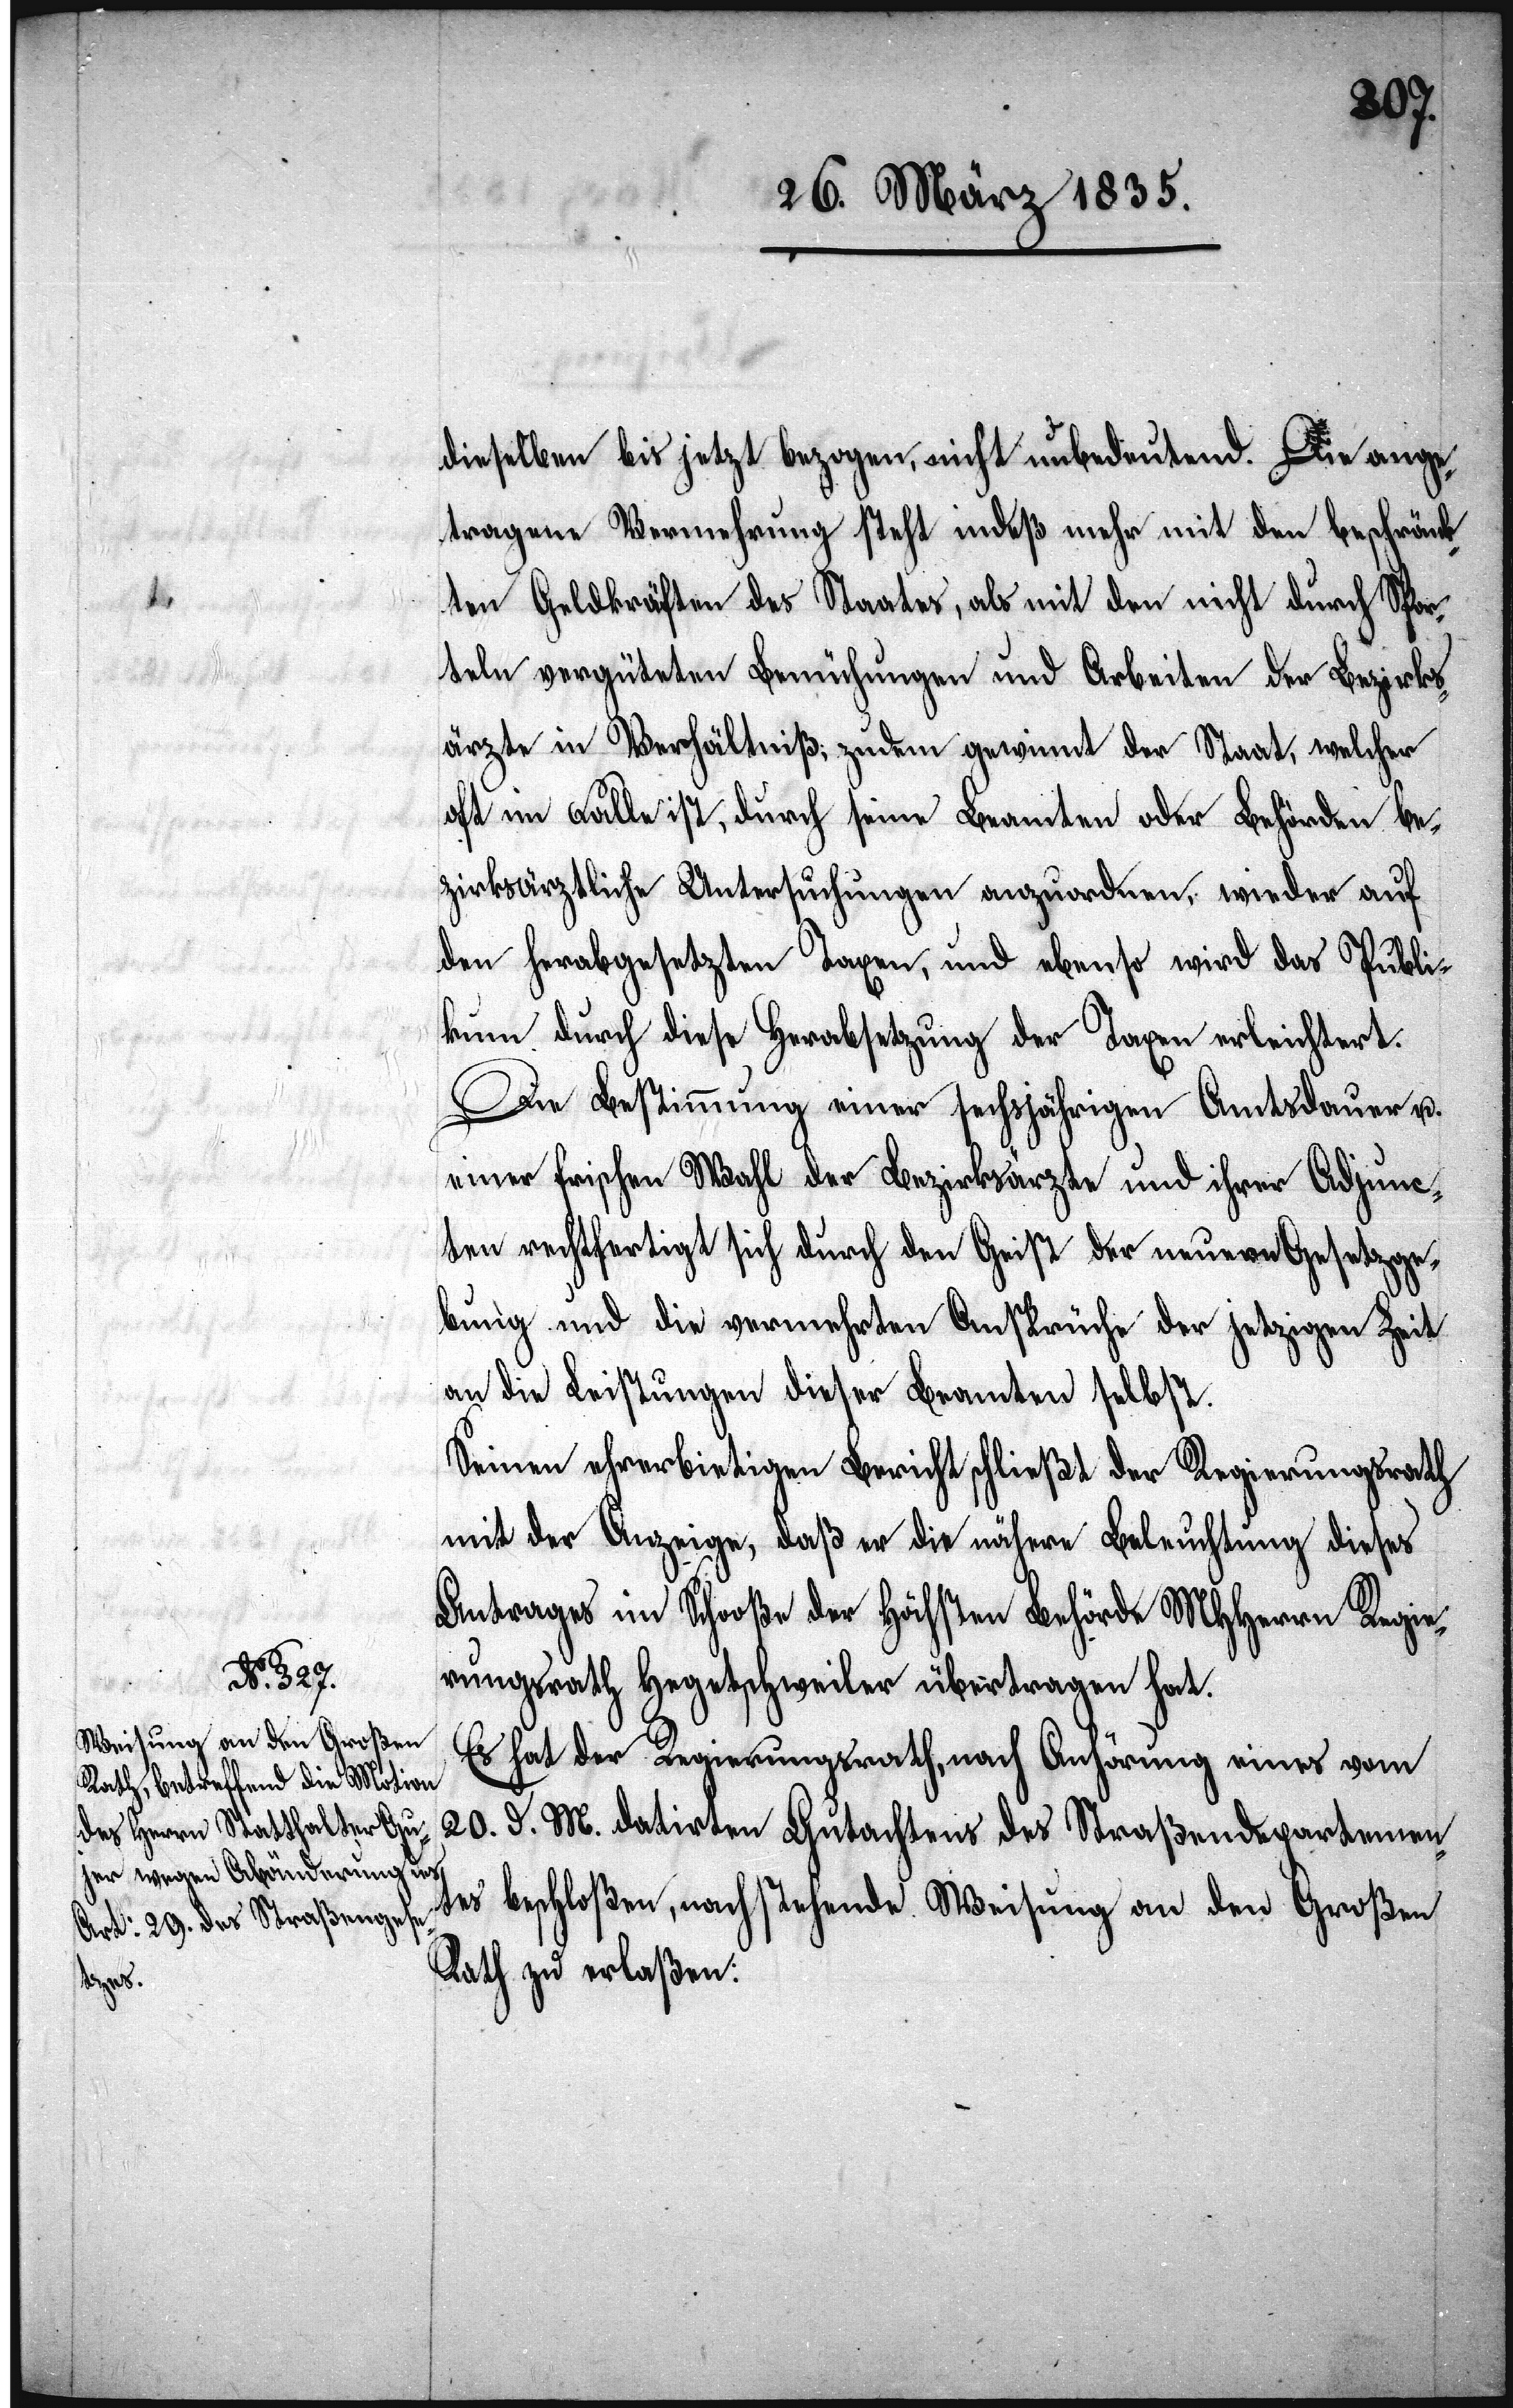
dieselben bis jetzt bezogen, nicht unbedeutend. Die ange¬
tragene Vermehrung steht indeß mehr mit den beschränk¬
ten Geldkräften des Staates, als mit den nicht durch Spor¬
teln vergüteten Bemühungen und Arbeiten der Bezirks¬
ärzte in Verhältniß; zudem gewinnt der Staat, welcher
oft im Falle ist, durch seine Beamten oder Behörden be¬
zirksärtztliche Untersuchungen anzuordnen, wieder auf
den herabgesetzten Taxen, und ebenso wird das Publi¬
kum durch diese Herabsetzung der Taxen erleichtert.
Die Bestimmungen einer sechsjährigen Amtsdauer u.
einer frischen Wahl der Bezirksärzte und ihrer Adjunc¬
ten rechtfertigt sich durch den Geist der neuern Gesetzge¬
bung und die vermehrten Ansprüche der jetzigen Zeit
an die Leistungen dieser Beamten selbst.
Seinen ehrerbietigen Bericht schließt der Regierungsrath
mit der Anzeige, daß er die nähere Beleuchtung dieses
Antrages im Schooße der Höchsten Behörde MHHerrn Regi¬
erungsrath Hegetschweiler übertragen hat.
Es hat der Regierungsrath, nach Anhörung eines vom
20. d. M. datirten Gutachtens des Straßendepartemen¬
tes beschloßen, nachstehende Weisung an den Großen
Rath zu erlaßen: